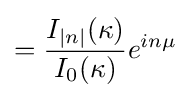
={\frac {I_{|n|}(\kappa )}{I_{0}(\kappa )}}e^{in\mu }